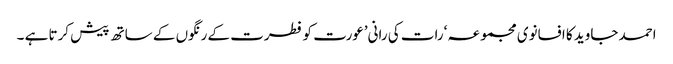
احمد جاوید کا افسانوی مجموعہ ‘رات کی رانی’عورت کو فطرت کے رنگوں کے ساتھ پیش کرتا ہے ۔